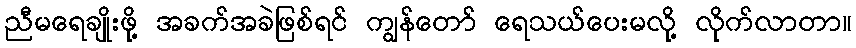
ညီမရေချိုးဖို့ အခက်အခဲဖြစ်ရင် ကျွန်တော် ရေသယ်ပေးမလို့ လိုက်လာတာ။